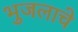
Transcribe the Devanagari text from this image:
भुजलाचे